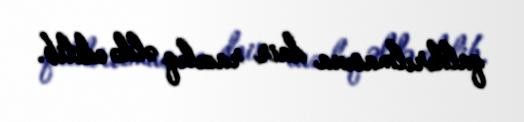
qaldırılmasına dair razılıq əldə edilib.